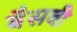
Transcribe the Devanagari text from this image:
बैसवी